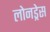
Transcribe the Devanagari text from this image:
लोनड्रेस